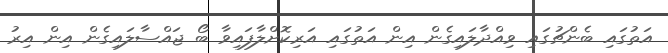
އަތުގައި ބެންޗުގައި ވިއްދާލައިގެން އިން އަތުގައި އަރިކޮށްލާފައިވާ ބޯ ޖައްސާލައިގެން އިން އިރު